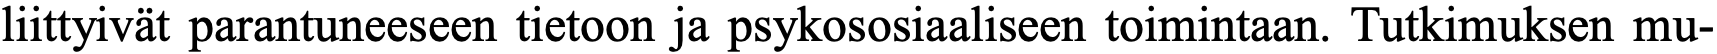
liittyivät parantuneeseen tietoon ja psykososiaaliseen toimintaan. Tutkimuksen mu-